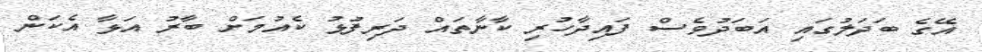
އޭގެ ބަދަލުގައި އަބަދުވެސް ފައިދާހުރި ކާނާތައް ދަރިފުޅު ކެއުމަށް ބާރު އަޅާ އެކަން